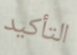
التأكيد